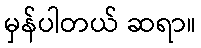
မှန်ပါတယ် ဆရာ။